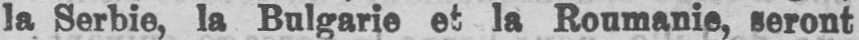
la Serbie, la Bulgarie et la Roumanie, seront